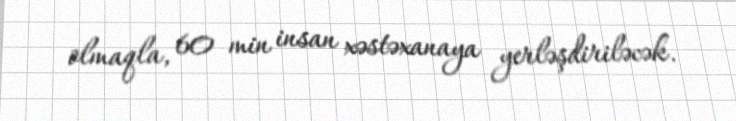
olmaqla, 60 min insan xəstəxanaya yerləşdiriləcək.